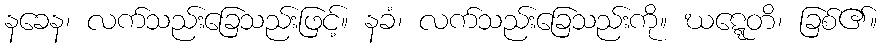
နခေန၊ လက်သည်းခြေသည်းဖြင့်။ နခံ၊ လက်သည်းခြေသည်းကို။ ဃဋ္ဋေတိ၊ ခြစ်၏။